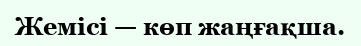
Жемісі — көп жаңғақша.